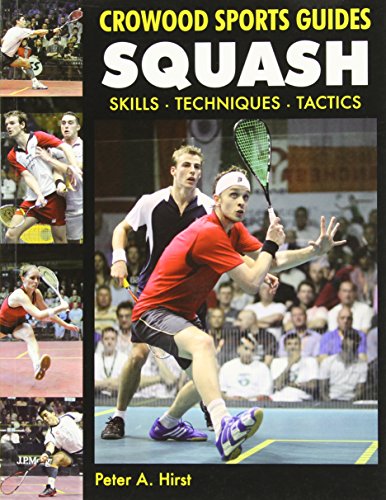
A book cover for Squash: Skills Techniques Tactics (Crowood Sports Guides); Peter A. Hirst; Sports & Outdoors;